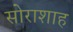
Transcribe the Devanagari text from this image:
सोराशाह